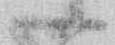
一